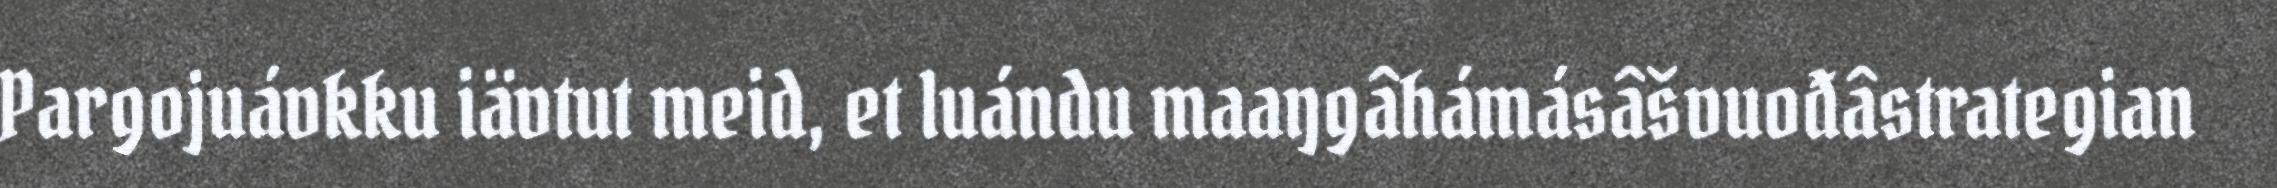
Pargojuávkku iävtut meid, et luándu maaŋgâhámásâšvuođâstrategian